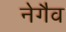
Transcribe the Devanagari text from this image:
नेगैव